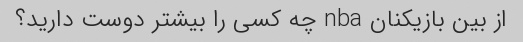
از بین بازیکنان nba چه کسی را بیشتر دوست دارید؟